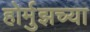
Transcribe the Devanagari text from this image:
होर्मुझच्या